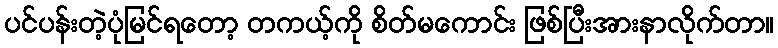
ပင်ပန်းတဲ့ပုံမြင်ရတော့ တကယ့်ကို စိတ်မကောင်း ဖြစ်ပြီးအားနာလိုက်တာ။